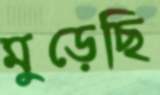
মুড়েছি